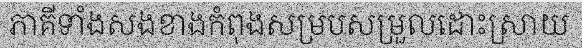
ភាគីទាំងសងខាងកំពុងសម្របសម្រួលដោះស្រាយ